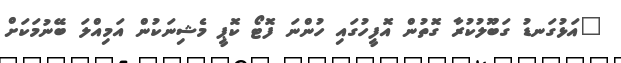
"އަޅުގަނޑު ގަބޫލުކުރާ ގޮތުން އޮފީހުގައި ހުންނަ ފޮޓޯ ކޮޕީ މެޝިނަކުން އަމިއްލަ ބޭނުމަކަށް